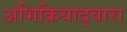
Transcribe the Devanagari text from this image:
अभिक्रियाद्वारा